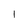
Character: I